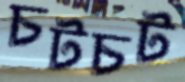
চটচট